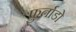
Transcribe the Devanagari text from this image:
फुर्ताडो